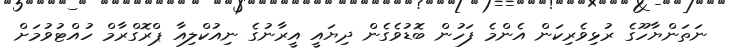
ނަތަންޔާހޫގެ ރުޅިވެރިކަން އެންމެ ފަހުން ބޮޑުވެގެން ދިޔައީ އީރާނުގެ ނިއުކްލިއާ ޕްރޮގްރާމް ހުއްޓުވުމަށް